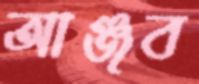
আঞ্জব